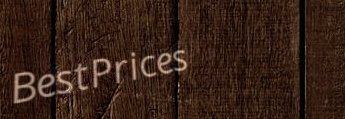
BestPrices